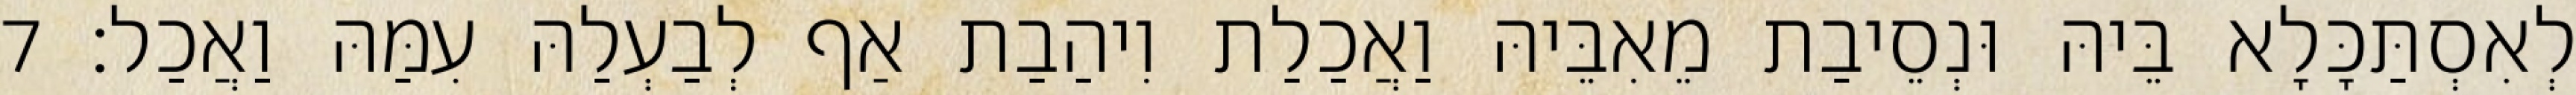
לְאִסְתַּכָּלָא בֵּיהּ וּנְסֵיבַת מֵאִבֵּיהּ וַאֲכַלַת וִיהַבַת אַף לְבַעְלַהּ עִמַּהּ וַאֲכַל׃ 7